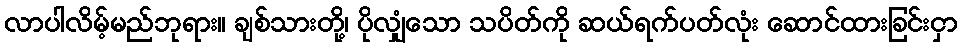
လာပါလိမ့်မည်ဘုရား။ ချစ်သားတို့၊ ပိုလျှံသော သပိတ်ကို ဆယ်ရက်ပတ်လုံး ဆောင်ထားခြင်းငှာ